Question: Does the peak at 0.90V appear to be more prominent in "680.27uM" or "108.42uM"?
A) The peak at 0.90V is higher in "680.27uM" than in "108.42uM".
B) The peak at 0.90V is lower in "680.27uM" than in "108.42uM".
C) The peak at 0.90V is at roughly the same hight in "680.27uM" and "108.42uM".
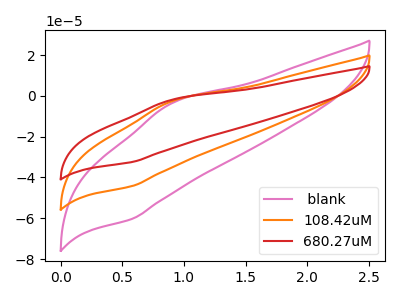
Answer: <think>The pink curve " blank" has an anodic peak at (0.90V, -3.70uA) and a cathodic peak at (0.60V, -60.40uA). The orange curve "108.42uM" has an anodic peak at (0.90V, -2.70uA) and a cathodic peak at (0.60V, -44.30uA). The red curve "680.27uM" has an anodic peak at (0.90V, -5.45uA) and a cathodic peak at (0.60V, -88.60uA).</think>
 <answer>B) The peak at 0.90V is lower in "680.27uM" than in "108.42uM".</answer>
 <eval>B</eval>